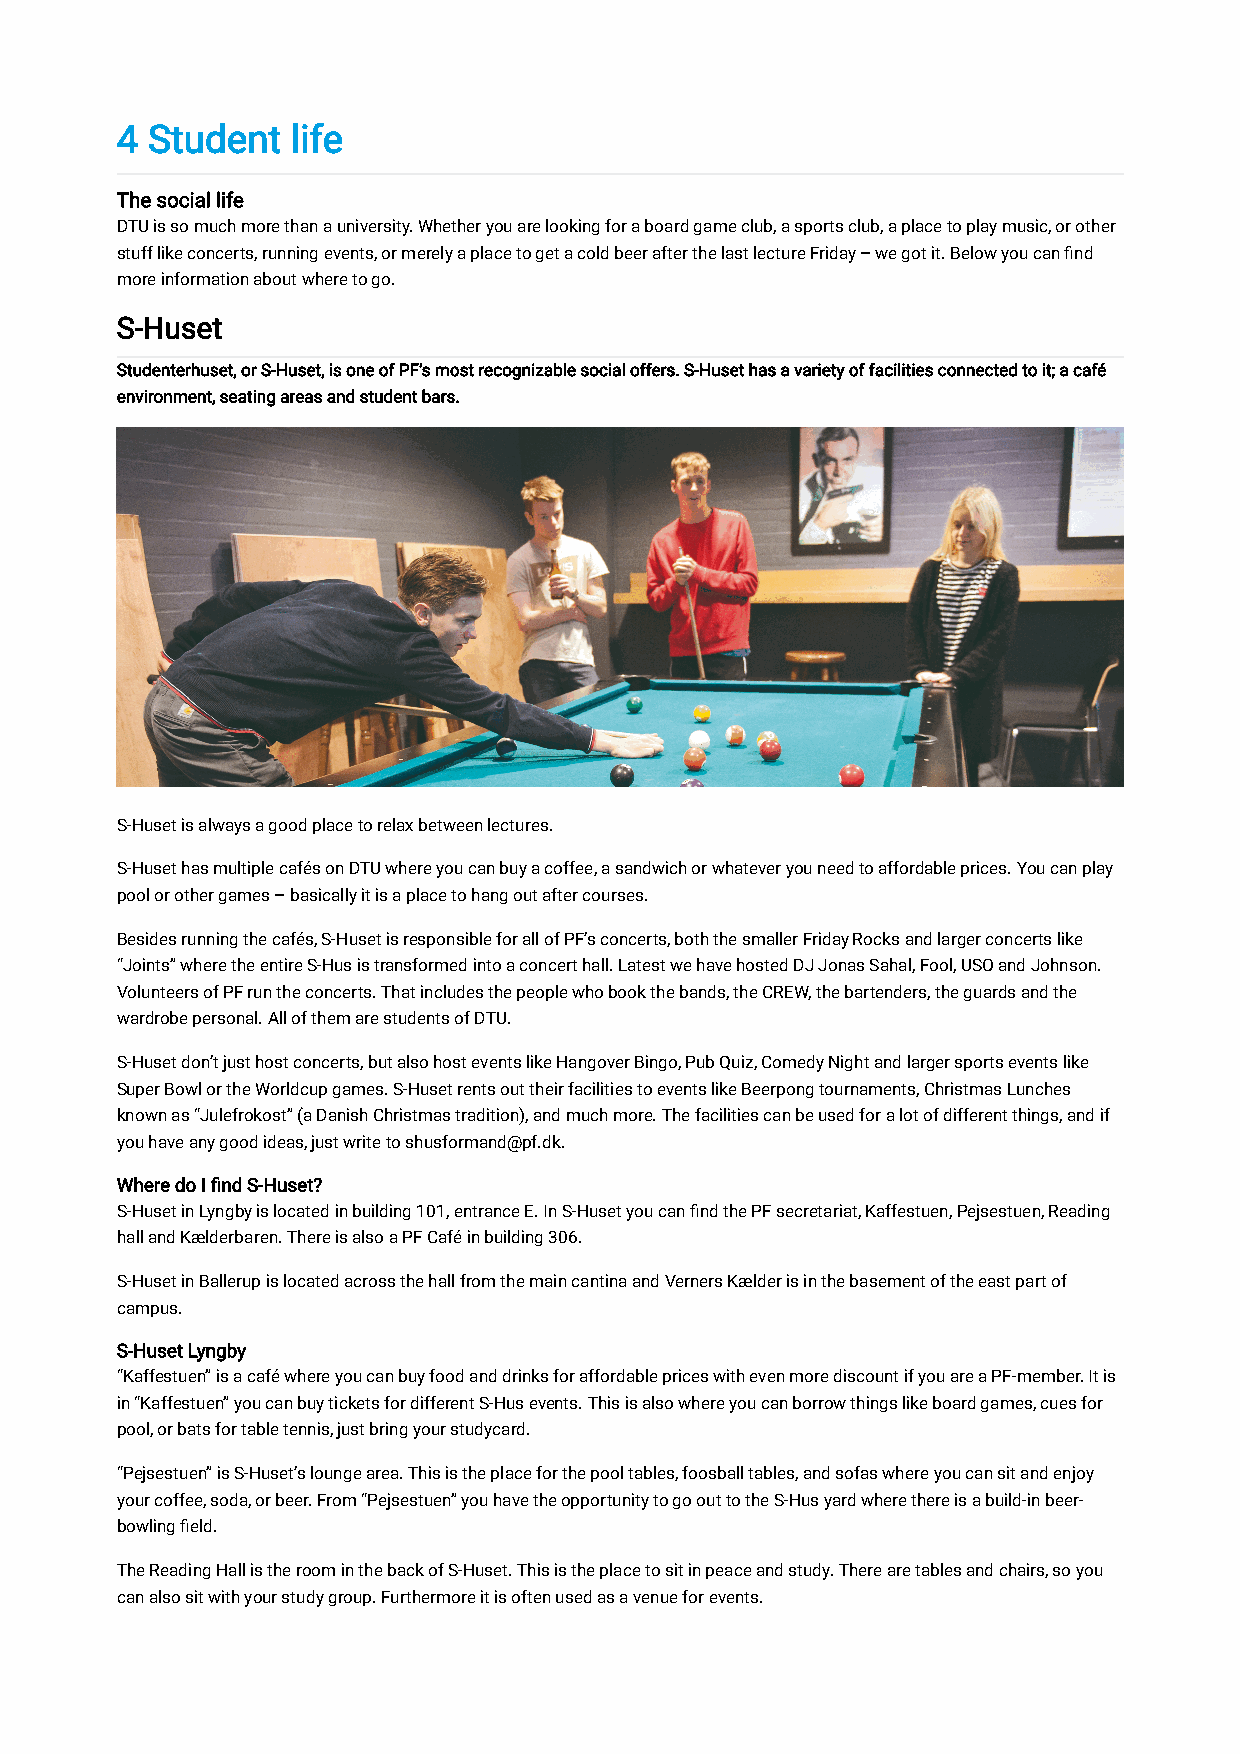
4 Student  life
 The social life
 DTU is so much more than a university. Whether you are looking for a board game club, a sports club, a place to play music, or other
 stuff like concerts, running events, or merely a place to get a cold beer after the last lecture Friday – we got it. Below you can find
 more information about where to go.
 S-Huset
 Studenterhuset, or S-Huset, is one of PF’s most recognizable social offers. S-Huset has a variety of facilities connected to it; a café
 environment, seating areas and student bars.
 S-Huset is always a good place to relax between lectures.
 S-Huset has multiple cafés on DTU where you can buy a coffee, a sandwich or whatever you need to affordable prices. You can play
 pool or other games – basically it is a place to hang out after courses.
 Besides running the cafés, S-Huset is responsible for all of PF’s concerts, both the smaller Friday Rocks and larger concerts like
 “Joints” where the entire S-Hus is transformed into a concert hall. Latest we have hosted DJ Jonas Sahal, Fool, USO and Johnson.
 Volunteers of PF run the concerts. That includes the people who book the bands, the CREW, the bartenders, the guards and the
 wardrobe personal. All of them are students of DTU.
 S-Huset don’t just host concerts, but also host events like Hangover Bingo, Pub Quiz, Comedy Night and larger sports events like
 Super Bowl or the Worldcup games. S-Huset rents out their facilities to events like Beerpong tournaments, Christmas Lunches
 known as “Julefrokost” (a Danish Christmas tradition), and much more. The facilities can be used for a lot of different things, and if
 you have any good ideas, just write to shusformand@pf.dk.
 Where do I find S-Huset?
 S-Huset in Lyngby is located in building 101, entrance E. In S-Huset you can find the PF secretariat, Kaffestuen, Pejsestuen, Reading
 hall and Kælderbaren. There is also a PF Café in building 306.
 S-Huset in Ballerup is located across the hall from the main cantina and Verners Kælder is in the basement of the east part of
 campus.
 S-Huset Lyngby
 “Kaffestuen” is a café where you can buy food and drinks for affordable prices with even more discount if you are a PF-member. It is
 in “Kaffestuen” you can buy tickets for different S-Hus events. This is also where you can borrow things like board games, cues for
 pool, or bats for table tennis, just bring your studycard.
 “Pejsestuen” is S-Huset’s lounge area. This is the place for the pool tables, foosball tables, and sofas where you can sit and enjoy
 your coffee, soda, or beer. From “Pejsestuen” you have the opportunity to go out to the S-Hus yard where there is a build-in beer-
 bowling field.
 The Reading Hall is the room in the back of S-Huset. This is the place to sit in peace and study. There are tables and chairs, so you
 can also sit with your study group. Furthermore it is often used as a venue for events.